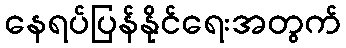
နေရပ်ပြန်နိုင်ရေးအတွက်